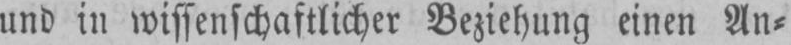
und in wissenschaftlicher Beziehung einen An⸗